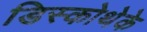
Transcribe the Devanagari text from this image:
डिस्कोथेके